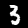
Label: 3